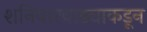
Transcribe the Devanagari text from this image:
शनिवारवाड्याकडून